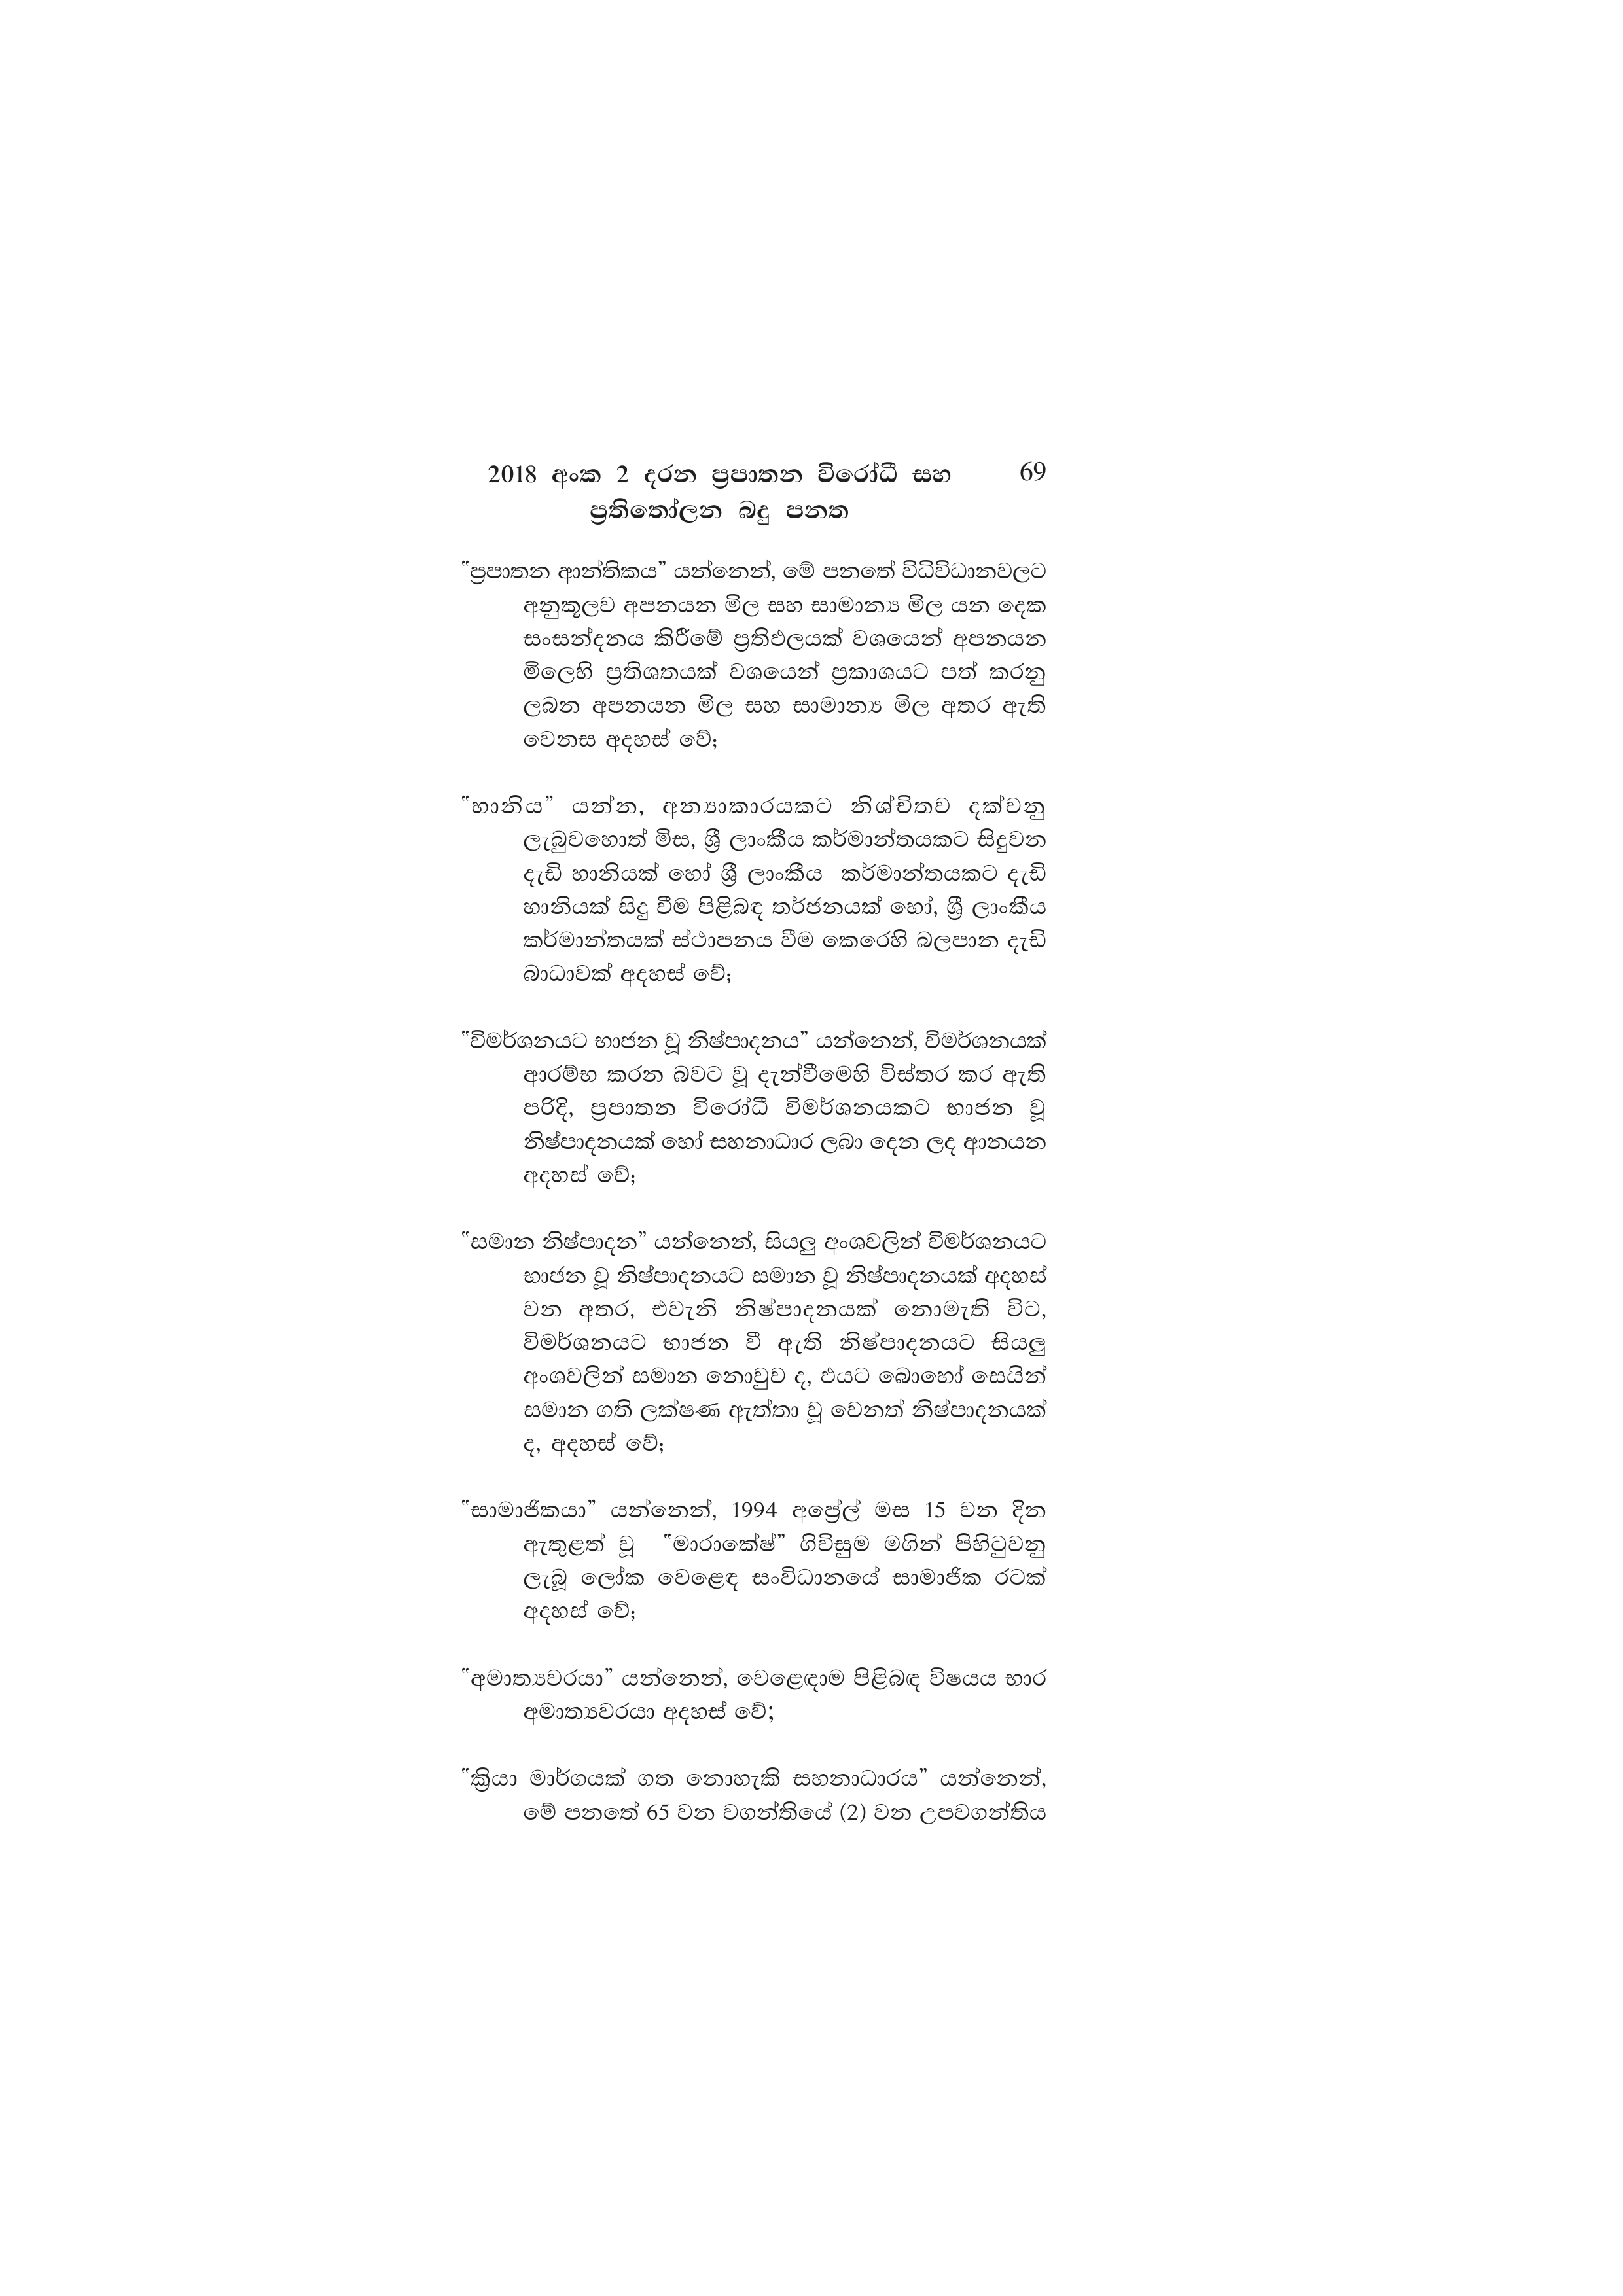
2018 අංක 2 දරන ප්‍රපාතන විරෝධී සහ 69
ප්‍රතිතෝලන බදු පනත

"ප්‍රපාතන ආන්තිකය” යන්නෙන්, මේ පනතේ විධිවිධානවලට
අනුකූලව අපනයන මිල සහ සාමාන්‍ය මිල යන දෙක
සංසන්දනය කිරීමේ ප්‍රතිඵලයක් වශයෙන් අපනයන
මිලෙහි ප්‍රතිශතයක් වශයෙන් ප්‍රකාශයට පත් කරනු
ලබන අපනයන මිල සහ සාමාන්‍ය මිල අතර ඇති
වෙනස අදහස් වේ;

"හානිය” යන්න, අන්‍යාකාරයකට නිශ්චිතව දක්වනු
ලැබුවහොත් මිස, ශ්‍රී ලාංකීය කර්මාන්තයකට සිදුවන
දැඩි හානියක් හෝ ශ්‍රී ලාංකීය කර්මාන්තයකට දැඩි
හානියක් සිදු වීම පිළිබඳ තර්ජනයක් හෝ, ශ්‍රී ලාංකීය
කර්මාන්තයක් ස්ථාපනය වීම කෙරෙහි බලපාන දැඩි
බාධාවක් අදහස් වේ;

"විමර්ශනයට භාජන වූ නිෂ්පාදනය” යන්නෙන්, විමර්ශනයක්
ආරම්භ කරන බවට වූ දැන්වීමෙහි විස්තර කර ඇති
පරිදි, ප්‍රපාතන විරෝධී විමර්ශනයකට භාජන වූ
නිෂ්පාදනයක් හෝ සහනාධාර ලබා දෙන ලද ආනයන
අදහස් වේ;

"සමාන නිෂ්පාදන” යන්නෙන්, සියලු අංශවලින් විමර්ශනයට
භාජන වූ නිෂ්පාදනයට සමාන වූ නිෂ්පාදනයක් අදහස්
වන අතර, එවැනි නිෂ්පාදනයක් නොමැති විට,
විමර්ශනයට භාජන වී ඇති නිෂ්පාදනයට සියලු
අංශවලින් සමාන නොවුව ද, එයට බොහෝ සෙයින්
සමාන ගති ලක්ෂණ ඇත්තා වූ වෙනත් නිෂ්පාදනයක්
ද, අදහස් වේ;

"සාමාජිකයා” යන්නෙන්, 1994 අප්‍රේල් මස 15 වන දින
ඇතුළත් වූ "මාරාකේෂ්” ගිවිසුම මගින් පිහිටුවනු
ලැබූ ලෝක වෙළෙඳ සංවිධානයේ සාමාජික රටක්
අදහස් වේ;

"අමාත්‍යවරයා” යන්නෙන්, වෙළෙඳාම පිළිබඳ විෂයය භාර
අමාත්‍යවරයා අදහස් වේ;

"ක්‍රියා මාර්ගයක් ගත නොහැකි සහනාධාරය” යන්නෙන්,
මේ පනතේ 65 වන වගන්තියේ (2) වන උපවගන්තිය